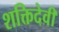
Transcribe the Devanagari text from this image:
शक्तिदेवी